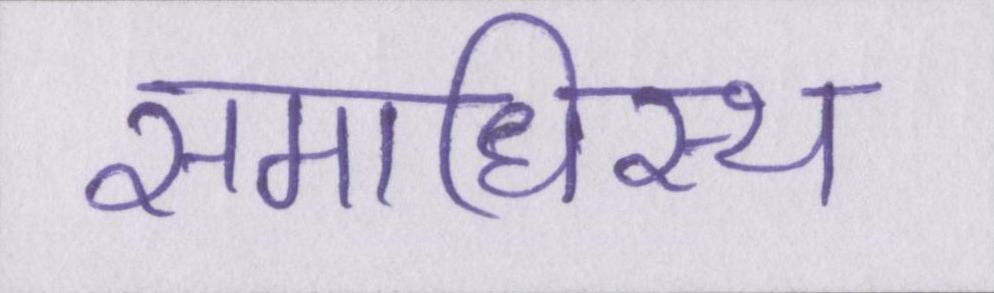
समाधिस्थ